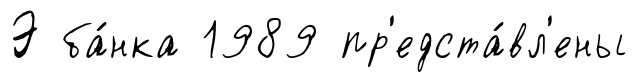
Э ба́нка 1989 пр'едста́вл'ены